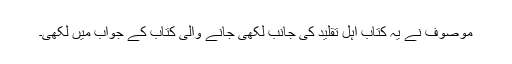
موصوف نے یہ کتاب اہل تقلید کی جانب لکھی جانے والی کتاب کے جواب میں لکھی۔